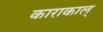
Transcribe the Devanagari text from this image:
काराकाल्